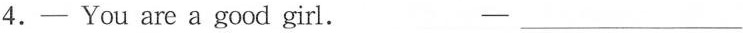
4. —You are a good girl. —___